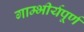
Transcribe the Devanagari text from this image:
गाम्भीर्यपूर्ण